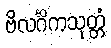
ဗိလင်္ဂိကသုတ္တံ